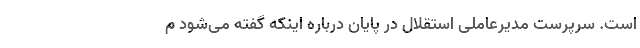
است. سرپرست مدیرعاملی استقلال در پایان درباره اینکه گفته می‌شود م